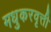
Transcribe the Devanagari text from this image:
मधुकरवृत्ती